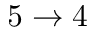
5 \rightarrow 4